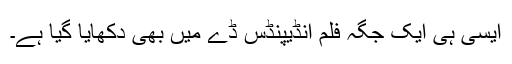
ایسی ہی ایک جگہ فلم انڈیپنڈس ڈے میں بھی دکھایا گیا ہے۔